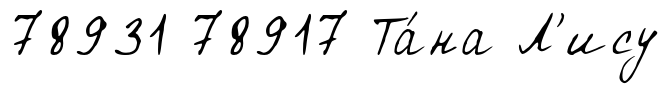
78931 78917 Та́на Л'ису